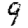
Digit: 9